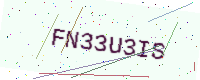
Text: FN33U3IS